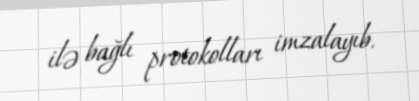
ilə bağlı protokolları imzalayıb.